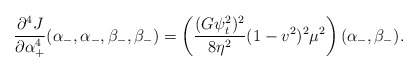
\begin{align*} \frac{\partial^4J}{\partial\alpha_+^4}(\alpha_-,\alpha_-,\beta_-,\beta_-)=\left(\frac{(G\psi_t^2)^2}{8\eta^2}(1-v^2)^2\mu^2\right)(\alpha_-,\beta_-).\end{align*}